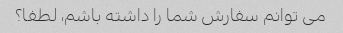
می توانم سفارش شما را داشته باشم، لطفا؟